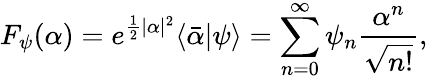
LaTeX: F_{\psi}(\alpha)=e^{\frac{1}{2}|\alpha|^{2}}\langle\bar{\alpha}|\psi\rangle=\sum_{n=0}^{\infty}\psi_{n}\frac{\alpha^{n}}{\sqrt{n!}},